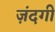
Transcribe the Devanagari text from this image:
ज़ंदगी